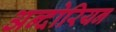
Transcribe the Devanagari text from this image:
अन्दोरियन